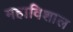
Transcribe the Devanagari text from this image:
महाविशाल